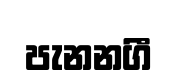
පැනනගී